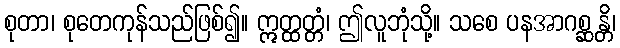
စုတာ၊ စုတေကုန်သည်ဖြစ်၍။ ဣတ္ထတ္တံ၊ ဤလူဘုံသို့။ သစေ ပနအာဂစ္ဆန္တိ၊